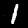
Label: 1